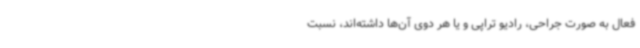
فعال به صورت جراحی، رادیو تراپی و یا هر دوی آن‌ها داشته‌اند، نسبت